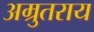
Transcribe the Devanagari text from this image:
अम्रुतराय